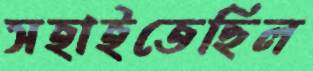
সহাইতেছিল